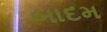
બાદમ